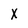
Character: X